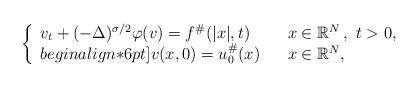
LaTeX: \begin{align*} \left\{\begin{array}[c]{lll}v_t+(-\Delta)^{\sigma/2}\varphi(v)=f^{\#}(|x|,t) & & x\in\mathbb{R}^{N}\,, \ t>0,\\begin{align*}6pt]v(x,0)=u_{0}^{\#}(x) & & x\in\mathbb{R}^{N},\end{array}\right. \end{align*}